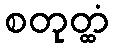
စတုတ္ထံ